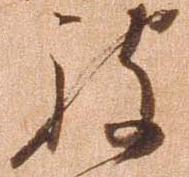
被